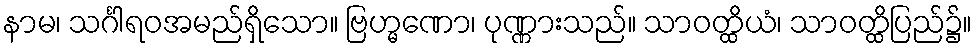
နာမ၊ သင်္ဂါရဝအမည်ရှိသော။ ဗြဟ္မဏော၊ ပုဏ္ဏားသည်။ သာဝတ္ထိယံ၊ သာဝတ္ထိပြည်၌။